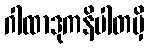
ဂါထာဒုကနိပါတမှိ